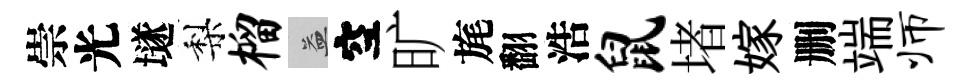
崇光𡑞梨榴益空旷旄翻浩鼠堵嫁删端师